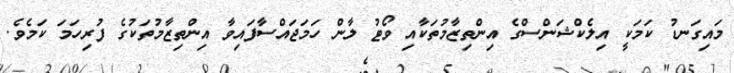
މައިގަނޑު ކަމަކީ އިލެކްޝަންސްގެ އިންތިޒާމުތަކާއި ވޯޓު ލާން ހަމަޖައްސާފައިވާ އިންތިޒާމުތަކުގެ ފުރިހަމަ ކަމެވެ.